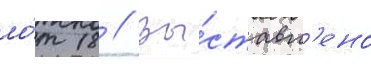
ло́т 18 // Вы́ставл'ено